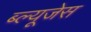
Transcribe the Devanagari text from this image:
ब्ल्यूजेस